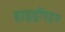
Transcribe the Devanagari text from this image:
हाइड्रॉएड्स